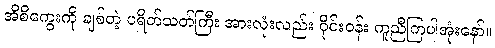
အိစိကွေးကို ချစ်တဲ့ ပရိတ်သတ်ကြီး အားလုံးလည်း ဝိုင်းဝန်း ကူညီကြပါအုံးနော်။